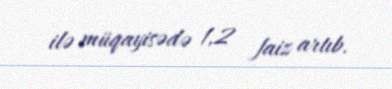
ilə müqayisədə 1,2 faiz artıb.